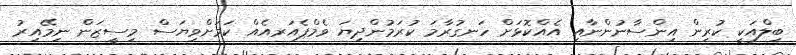
ބިލްއަކީ ކުރިން އިންސާނުންނާއި އެއްކޮޅަށް ހަނގުރާމަ ކުރަމުންދިޔަ ވެމްޕެއަރއެއް ކަމަށްވިޔަސް މިސީޒަން ނިމޭއިރު